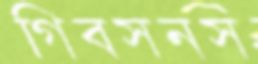
গিবসনস